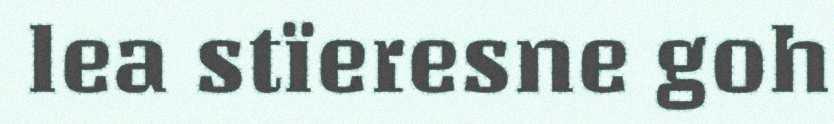
lea stïeresne goh